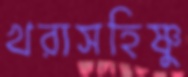
খরাসহিষ্ণু